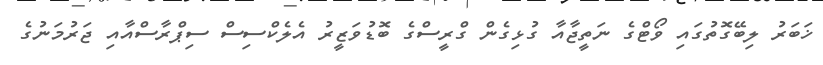
ޚަބަރު ލިބޭގޮތުގައި ވޯޓްގެ ނަތީޖާއާ ގުޅިގެން ގްރީސްގެ ބޮޑުވަޒީރު އެލެކްސިސް ސިޕްރާސްއާއި ޖަރުމަނުގެ